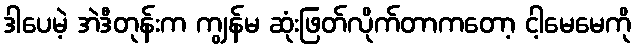
ဒါပေမဲ့ အဲဒီတုန်းက ကျွန်မ ဆုံးဖြတ်လိုက်တာကတော့ ငါ့မေမေကို